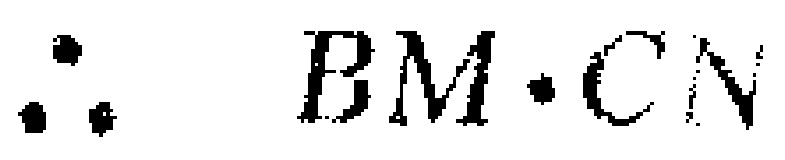
\(\therefore BM\cdot CN\)